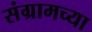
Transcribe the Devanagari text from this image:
संग्रामच्या